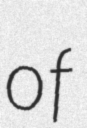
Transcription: of